Lunatic asylums Madras 1877-1891 - 1877-1891
Year: 1877
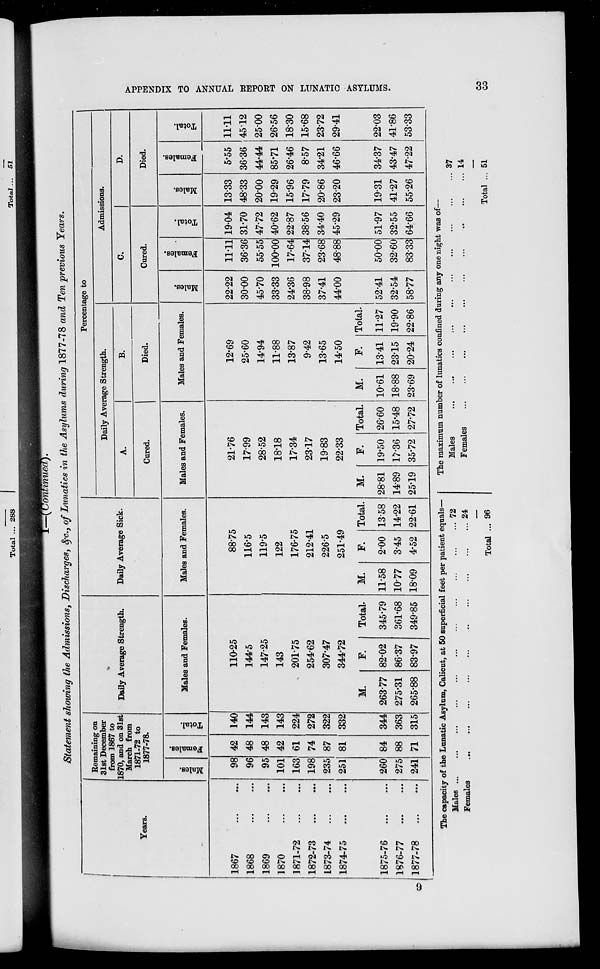
APPENDIX TO ANNUAL REPORT ON LUNATIC ASYLUMS.
33
I—(Continued).
Statement showing the Admissions, Discharges, &c., of Lunatics in the Asylums during 1877-78 and Ten previous Years.
Years.
1867 ... ...
1868 ... ...
1869 ... ...
1870 ... ...
1871-72 ... ...
1872-73 ... ...
1873-74 ... ...
1874-75 ... ...
1875-76 ... ...
1876-77 ... ...
1877-78 ... ...
Remaining on
31st December
from 1867 to
1870, and on 31st
March from
1871-72 to
1877-78.
Males.
98
96
95
101
163
198
235
251
260
275
241
Females.
42
48
48
42
61
74
87
81
84
88
71
Total.
140
144
143
143
224
272
322
332
344
363
315
Daily Average Strength.
Males and Females.
110.25
144.5
147.25
143
201.75
254.62
307.47
344.72
M.
263.77
275.31
265.88
F.
82.02
86.37
83.97
Total.
345.79
361.68
349.85
Daily Average Sick.
Males and Females.
88.75
116.5
119.5
122
176.75
212.41
226.5
251.49
M.
11.58
10.77
18.09
F.
2.00
3.45
4.52
Total.
13.58
14.22
22.61
Percentage to
Daily Average Strength.
A.
Cured.
Males and Females.
21.76
17.99
28.52
18.18
17.34
23.17
19.83
22.33
M.
28.81
14.89
25.19
F.
19.50
17.36
35.72
Total.
26.60
15.48
27.72
B.
Died.
Males and Females.
12.69
25.60
14.94
11.88
13.87
9.42
13.65
14.50
M.
10.61
18.88
23.69
F.
13.41
23.15
20.24
Total.
11.27
19.90
22.86
Admissions.
C.
Cured.
Males.
22.22
30.00
45.70
33.33
24.36
38.98
37.41
44.00
52.41
32.54
58.77
Females.
11.11
36.36
55.55
100.00
17.64
37.14
23.68
48.88
50.00
32.60
83.33
Total.
19.04
31.70
47.72
40.62
22.87
38.56
34.40
45.29
51.97
32.55
64.66
D.
Died.
Males.
13.33
48.33
20.00
19.29
15.96
17.79
20.86
23.20
19.31
41.27
55.26
Females.
5.55
36.36
44.44
85.71
26.46
8.57
34.21
46.66
34.37
43.47
47.22
Total.
11.11
45.12
25.00
26.56
18.30
15.68
23.72
29.41
22.03
41.86
53.33
The capacity of the Lunatic Asylum, Calicut, at 50 superficial feet per patient equals—
Males ... ... ... ... ... ... ... ... ... ... ...
Females ... ... ... ... ... ... ... ... ... ... ...
Total ...
72
24
96
The maximum number of lunatics confined during any one night was of—
Males ... ... ... ... ... ... ... ... ... ...
Females ... ... ... ... ... ... ... ... ... ...
Total ...
37
14
51
9